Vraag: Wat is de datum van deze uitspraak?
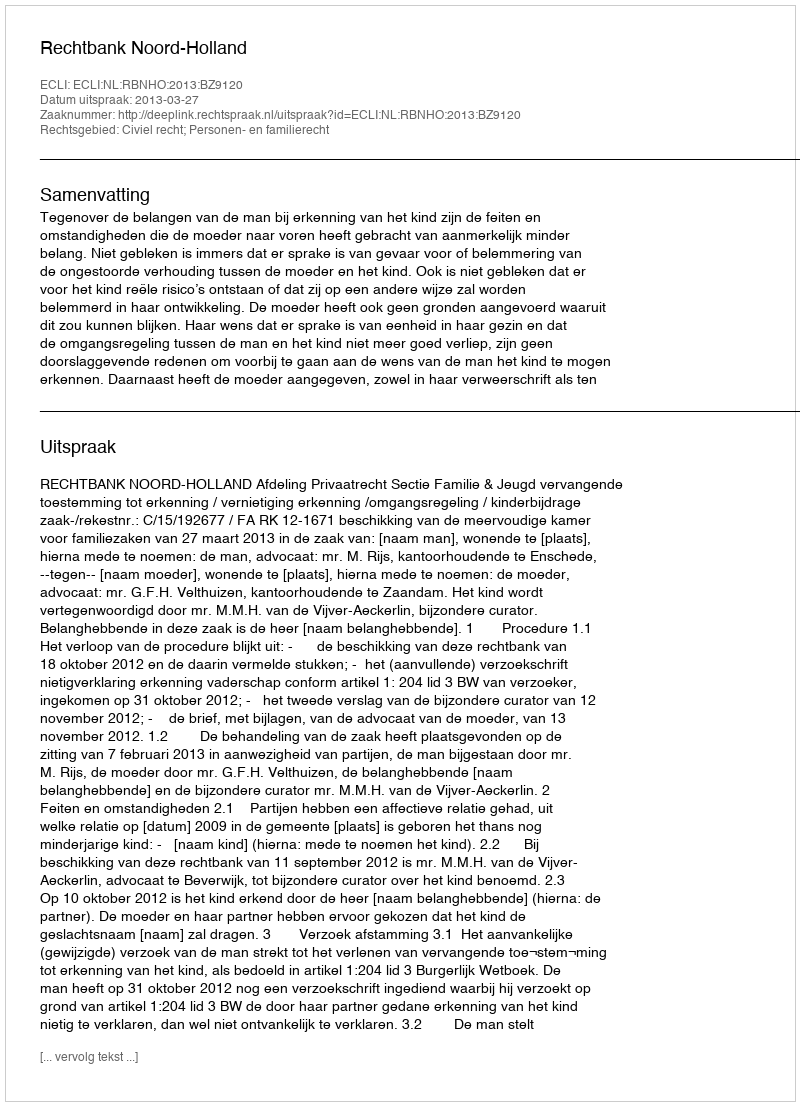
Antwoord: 2013-03-27